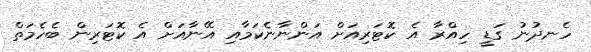
ހެނދުނު ގަޑީ ހިއްރާ އެ ކޮޓަރިއަށް އަންނާނެކަމާއި އޭނާއަށް އެ ކޮޓަރިން ބެހެމަތް